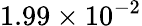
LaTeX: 1.99\times 10^{-2}